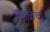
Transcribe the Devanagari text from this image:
लाळंचा